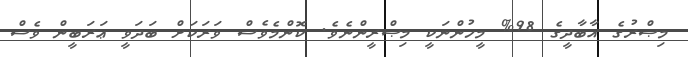
މިޞްރުގެ އާބާދީގެ 98% މީހުންނަކީ މިޞްރީންނެވެ. ކޮންމެވެސް ވަރަކަށް ބަދަވީ ޢަރަބީން ވެސް